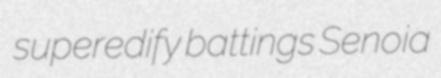
superedify battings Senoia